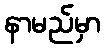
နာမည်မှာ